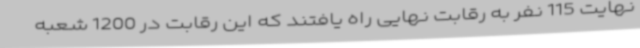
نهایت 115 نفر به رقابت نهایی راه یافتند که این رقابت در 1200 شعبه